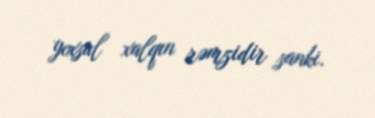
yoxsul xalqın rəmzidir sanki.